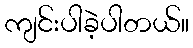
ကျင်းပါခဲ့ပါတယ်။